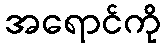
အရောင်ကို